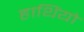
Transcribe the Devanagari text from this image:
हाथिंयो